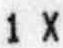
1 X